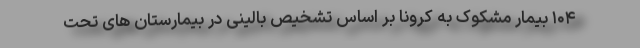
۱۰۴ بیمار مشکوک به کرونا بر اساس تشخیص بالینی در بیمارستان های تحت